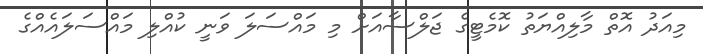
މިއަދު އޮތް މާލިއްޔަތު ކޮމެޓީގެ ޖަލްސާއަށް މި މައްސަލަ ވަނީ ކުއްލި މައްސަލައެއްގެ